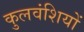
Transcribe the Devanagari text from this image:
कुलवंशियों